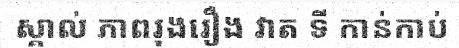
ស្គាល់ ភាពរុងរឿង វាត ទី កាន់កាប់